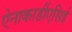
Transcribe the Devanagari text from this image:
ऐनाकार्डीएसिई